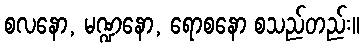
စလနော, မဏ္ဍနော, ရောစနော စသည်တည်း။